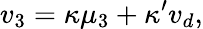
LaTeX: v_{3}=\kappa\mu_{3}+\kappa^{\prime}v_{d},